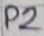
Text: P2